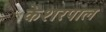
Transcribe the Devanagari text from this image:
केशरपाल